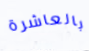
بالعاشرة